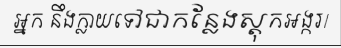
អ្នក នឹងក្លាយទៅជាកន្លែងស្តុកអង្ករ/